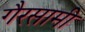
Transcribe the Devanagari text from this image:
गैरसामी